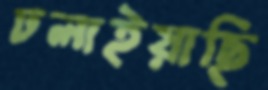
ঢলাইয়াছি